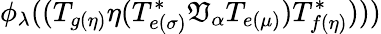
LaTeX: \phi_{\lambda}((T_{g(\eta)}\eta(T_{e(\sigma)}^{*}\mathfrak{V}_{\alpha}T_{e(\mu)})T_{f(\eta)}^{*})))